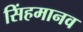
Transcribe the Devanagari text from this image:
सिंहमानव